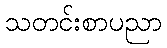
သတင်းစာပညာ